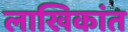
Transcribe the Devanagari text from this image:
लाखिकांत